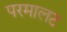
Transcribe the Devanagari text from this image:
परमालट